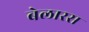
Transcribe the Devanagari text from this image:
बेलारस